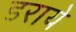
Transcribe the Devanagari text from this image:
डराये